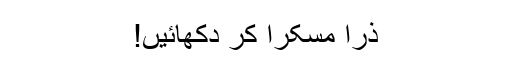
ذرا مسکرا کر دکھائیں!